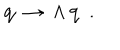
{ \bf q } ~ \rightarrow ~ \Lambda \, { \bf q } ~ ~ .